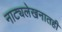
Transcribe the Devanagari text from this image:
नाट्यलेखनातही